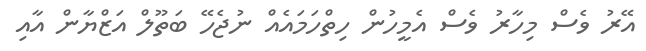
އޭރު ވެސް މިހާރު ވެސް އެމީހުން ހިތްހަމައެއް ނުޖެހޭ ބަތޫލް އަޒްޔާން އާއި